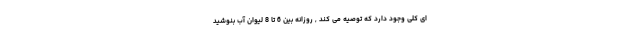
ای کلی وجود دارد که توصیه می کند , روزانه بین 6 تا 8 لیوان آب بنوشید